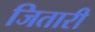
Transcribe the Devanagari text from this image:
जितारी